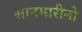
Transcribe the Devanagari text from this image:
सानमारीनो